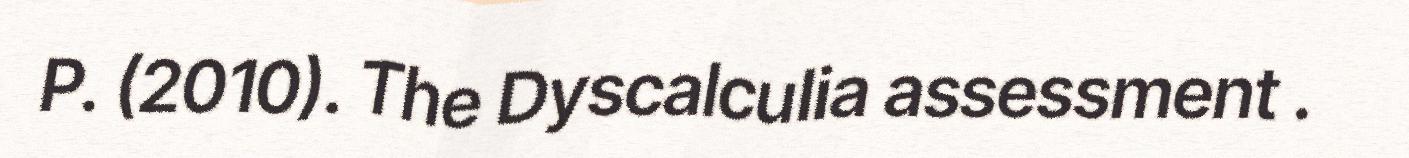
P. (2010). The Dyscalculia assessment .